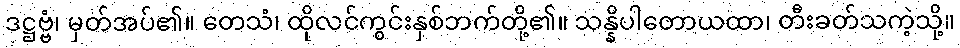
ဒဋ္ဌဗ္ဗံ၊ မှတ်အပ်၏။ တေသံ၊ ထိုလင်ကွင်းနှစ်ဘက်တို့၏။ သန္နိပါတောယထာ၊ တီးခတ်သကဲ့သို့။